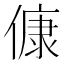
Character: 𬿛